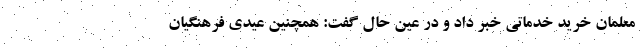
معلمان خرید خدماتی خبر داد و در عین حال گفت: همچنین عیدی فرهنگیان